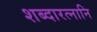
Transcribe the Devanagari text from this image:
शब्दारत्नानि